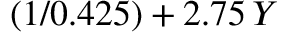
( 1 / 0 . 4 2 5 ) + 2 . 7 5 \, Y